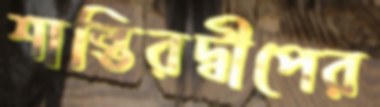
শান্তিরদ্বীপের